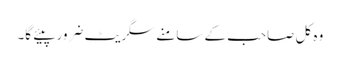
وہ کل صاحب کے سامنے سگریٹ ضرور پیئے گا۔